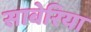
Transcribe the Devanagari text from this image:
साबेरिया